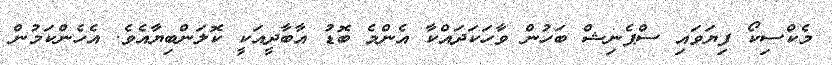
މެކްސިކޯ ފިޔަވައި ސްޕެނިޝް ބަހުން ވާހަކަދައްކާ އެންމެ ބޮޑު އާބާދީއަކީ ކޮލަންބިޔާއެވެ. އެހެންކަމުން